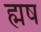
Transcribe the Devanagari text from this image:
ह्मष